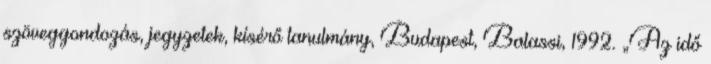
szöveggondozás, jegyzetek, kísérő tanulmány, Budapest, Balassi, 1992. „Az idő